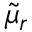
\widetilde { \mu } _ { r }